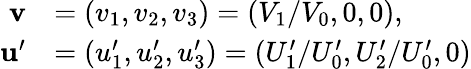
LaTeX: {\begin{array}{rl}{\mathbf{v}}&{=(v_{1},v_{2},v_{3})=(V_{1}/V_{0},0,0),}\\ {\mathbf{u}^{\prime}}&{=(u_{1}^{\prime},u_{2}^{\prime},u_{3}^{\prime})=(U_{1}^{\prime}/U_{0}^{\prime},U_{2}^{\prime}/U_{0}^{\prime},0)}\end{array}}